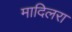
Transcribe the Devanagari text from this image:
मादिलरा